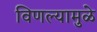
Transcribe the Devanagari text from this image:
विणल्यामुळे